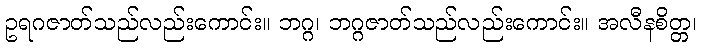
ဥရဂဇာတ်သည်လည်းကောင်း။ ဘဂ္ဂ၊ ဘဂ္ဂဇာတ်သည်လည်းကောင်း။ အလီနစိတ္တ၊